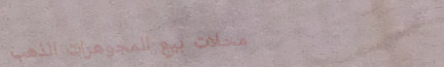
محلات بيع المجوهرات الذهب